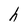
Character: h